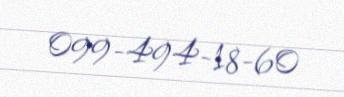
099-494-18-60